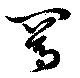
罵